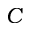
C